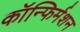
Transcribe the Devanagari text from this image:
कॉन्फिर्मशन